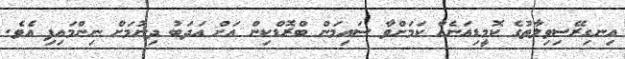
އިނގިރޭސިވިލާތުގެ ކޮމީޑިއަނެއް ކަމަށްވާ ސައިމަން ބްރޮޑްކިން އަށް އަދަބު ދިނުމަށް ނިންމައިފި އެވެ.